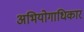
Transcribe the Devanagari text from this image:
अभियोगाधिकार